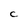
Character: C